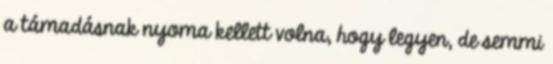
a támadásnak nyoma kellett volna, hogy legyen, de semmi